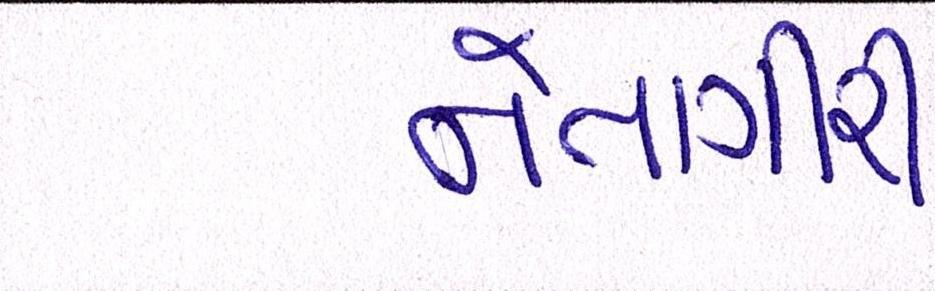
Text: નેતાગીરી